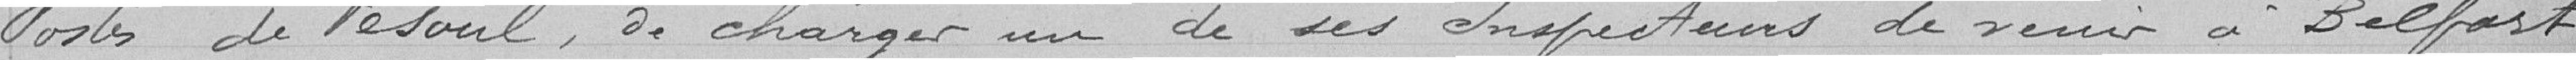
postes de Vesoul, de charger un de ses inspecteurs de venir à Belfort